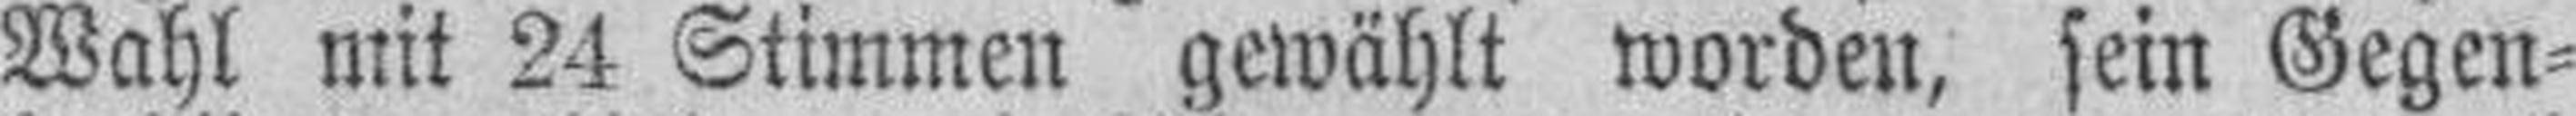
Wahl mit 24 Stimmen gewählt worden, sein Gegen¬